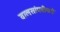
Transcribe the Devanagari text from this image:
वालसांगवीकडे